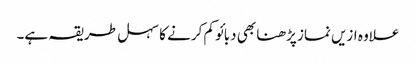
علاوہ ازیں نماز پڑھنا بھی دبائو کم کرنے کا سہل طریقہ ہے۔